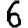
Digit: 6